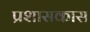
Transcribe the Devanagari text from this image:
प्रशासकास